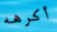
أكرهه